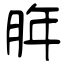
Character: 脌